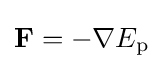
\mathbf {F} =-\mathbf {\nabla } E_{\mathrm {p} }